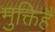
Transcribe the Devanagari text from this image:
मुक्तिहै